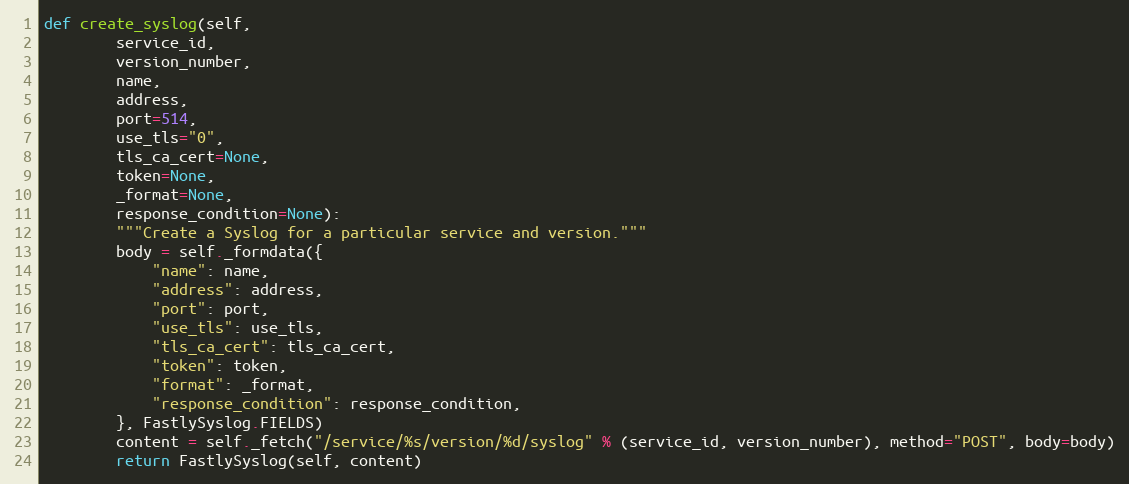
Language: Python
def create_syslog(self,
		service_id,
		version_number,
		name,
		address,
		port=514,
		use_tls="0",
		tls_ca_cert=None,
		token=None,
		_format=None,
		response_condition=None):
		"""Create a Syslog for a particular service and version."""
		body = self._formdata({
			"name": name,
			"address": address,
			"port": port,
			"use_tls": use_tls,
			"tls_ca_cert": tls_ca_cert,
			"token": token,
			"format": _format,
			"response_condition": response_condition,
		}, FastlySyslog.FIELDS)
		content = self._fetch("/service/%s/version/%d/syslog" % (service_id, version_number), method="POST", body=body)
		return FastlySyslog(self, content)